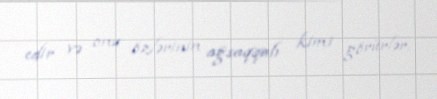
edir və onu özlərinin ağsaqqalı kimi görürlər.